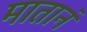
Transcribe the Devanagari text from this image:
मातानं